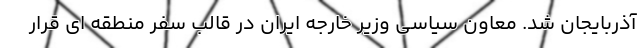
آذربایجان شد. معاون سیاسی وزیر خارجه ایران در قالب سفر منطقه ای قرار